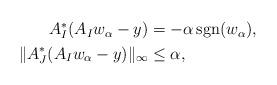
LaTeX: \begin{align*} \begin{aligned} A_I^*(A_Iw_\alpha-y) &= -\alpha \mathop{{\rm sgn}}(w_\alpha),\\ \|A_J^*(A_Iw_\alpha-y)\|_\infty &\le \alpha, \end{aligned} \end{align*}